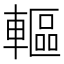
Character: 䡱